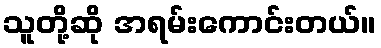
သူတို့ဆို အရမ်းကောင်းတယ်။